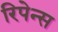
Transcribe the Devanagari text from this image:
रिपेन्स